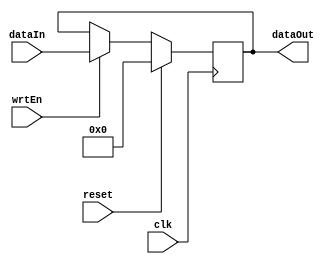
module Register(clk, reset, wrtEn, dataIn, dataOut);
	parameter BIT_WIDTH = 32;
	parameter RESET_VALUE = 0;
	
	input clk, reset, wrtEn;
	input[BIT_WIDTH - 1: 0] dataIn;
	output[BIT_WIDTH - 1: 0] dataOut;
	reg[BIT_WIDTH - 1: 0] dataOut;
	
	always @(posedge clk) begin
		if (reset == 1'b1)
			dataOut <= RESET_VALUE;
		else if (wrtEn == 1'b1)
			dataOut <= dataIn;
	end
	
endmodule